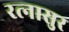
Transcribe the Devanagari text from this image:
रत्‍नासुर